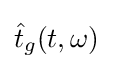
{\hat {t}}_{g}(t,\omega )